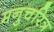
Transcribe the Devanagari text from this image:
मनुचरित्र